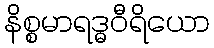
နိစ္စမာရဒ္ဓဝီရိယော